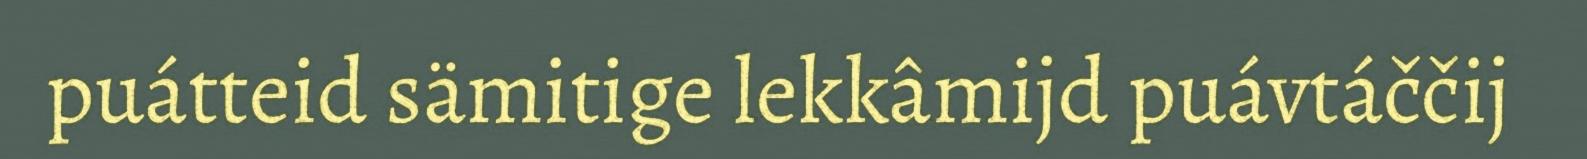
puátteid sämitige lekkâmijd puávtáččij